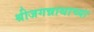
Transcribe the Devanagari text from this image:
श्रीजगन्नाथाच्या